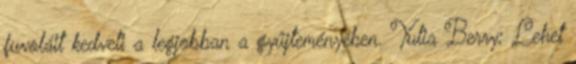
fuvoláit kedveli a legjobban a gyűjteményében. Yulia Berry: Lehet